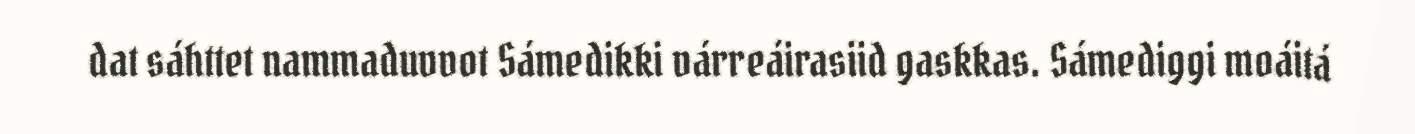
dat sáhttet nammaduvvot Sámedikki várreáirasiid gaskkas. Sámediggi moáitá